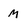
Character: m